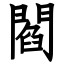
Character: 閻